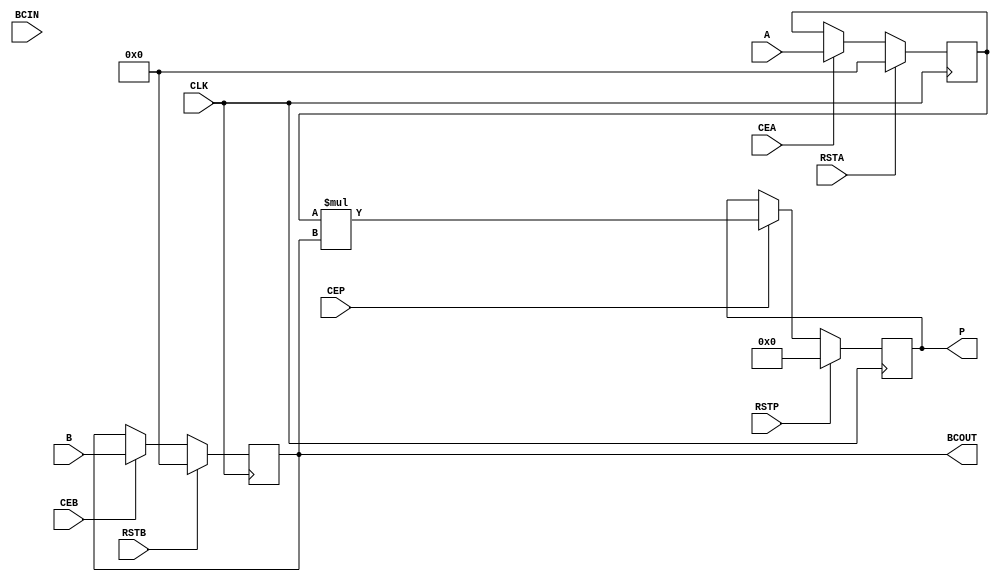
module MULT18X18SIO (
    input signed [17:0] A,
    input signed [17:0] B,
    output signed [35:0] P,
    (* clkbuf_sink *)
    input CLK,
    input CEA,
    input CEB,
    input CEP,
    input RSTA,
    input RSTB,
    input RSTP,
    input signed [17:0] BCIN,
    output signed [17:0] BCOUT
);
parameter integer AREG = 1;
parameter integer BREG = 1;
parameter B_INPUT = "DIRECT";
parameter integer PREG = 1;
// The multiplier.
wire signed [35:0] P_MULT;
wire signed [17:0] A_MULT;
wire signed [17:0] B_MULT;
assign P_MULT = A_MULT * B_MULT;
// The cascade output.
assign BCOUT = B_MULT;
// The B input multiplexer.
wire signed [17:0] B_MUX;
assign B_MUX = (B_INPUT == "DIRECT") ? B : BCIN;
// The registers.
reg signed [17:0] A_REG;
reg signed [17:0] B_REG;
reg signed [35:0] P_REG;
initial begin
	A_REG = 0;
	B_REG = 0;
	P_REG = 0;
end
always @(posedge CLK) begin
	if (RSTA)
		A_REG <= 0;
	else if (CEA)
		A_REG <= A;
	if (RSTB)
		B_REG <= 0;
	else if (CEB)
		B_REG <= B_MUX;
	if (RSTP)
		P_REG <= 0;
	else if (CEP)
		P_REG <= P_MULT;
end
// The register enables.
assign A_MULT = (AREG == 1) ? A_REG : A;
assign B_MULT = (BREG == 1) ? B_REG : B_MUX;
assign P = (PREG == 1) ? P_REG : P_MULT;
endmodule